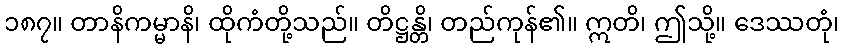
၁၈၇။ တာနိကမ္မာနိ၊ ထိုကံတို့သည်။ တိဋ္ဌန္တိ၊ တည်ကုန်၏။ ဣတိ၊ ဤသို့။ ဒေဿတုံ၊